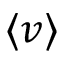
\langle v \rangle